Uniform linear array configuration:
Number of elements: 48
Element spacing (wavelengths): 0.5
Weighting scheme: hamming
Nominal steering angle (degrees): -45
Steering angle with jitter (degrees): -45.742
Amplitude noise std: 0.05
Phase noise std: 0.05

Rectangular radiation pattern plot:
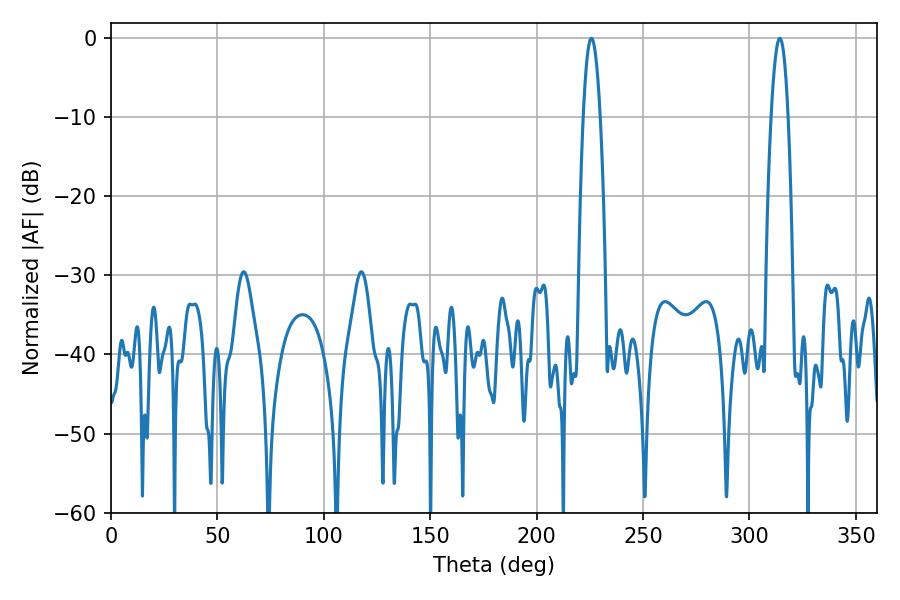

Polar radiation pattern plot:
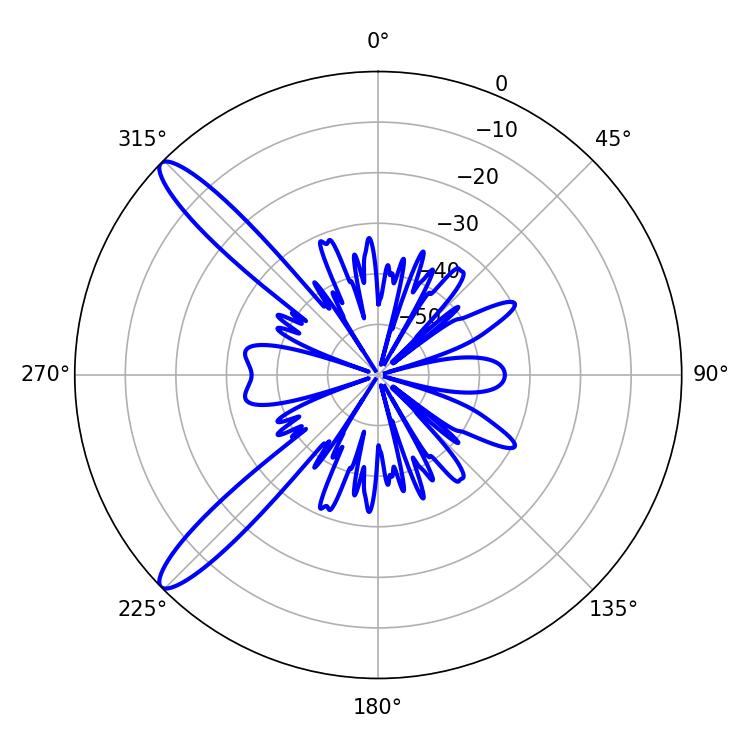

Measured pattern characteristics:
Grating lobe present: FALSE
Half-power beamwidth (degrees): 4.32
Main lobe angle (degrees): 314.28